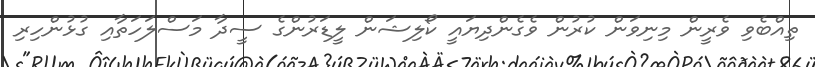
ތިއްބެވި ވެރީން މިނިވަން ކުރުން ވެގެންދިޔައީ ކޯލިޝަން ލީޑަރުންގެ ސީދާ މަސްލަހަތާއި ގުޅުންހިރި